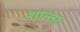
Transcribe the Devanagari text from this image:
शान्ताः